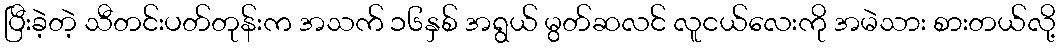
ပြီးခဲ့တဲ့ သီတင်းပတ်တုန်းက အသက် ၁၆နှစ် အရွယ် မွတ်ဆလင် လူငယ်လေးကို အမဲသား စားတယ်လို့